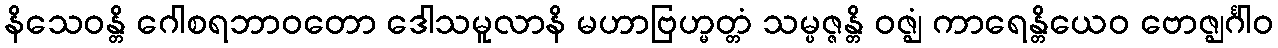
နိသေဝန္တိ ဂေါစရဘာဝတော ဒေါသမူလာနိ မဟာဗြဟ္မတ္တံ သမ္ပဇ္ဇန္တိ ဝဇ္ဈံ ကာရေန္တိယေဝ ဗောဇ္ဈင်္ဂါဝ